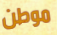
موطن